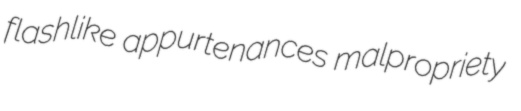
flashlike appurtenances malpropriety